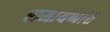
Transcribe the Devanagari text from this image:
रामायणांत